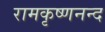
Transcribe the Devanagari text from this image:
रामकृष्णनन्द